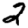
Digit: 2